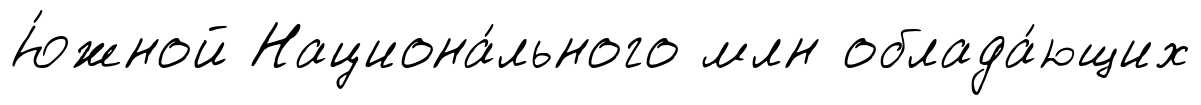
Ю́жной Национа́льного млн облада́ющих